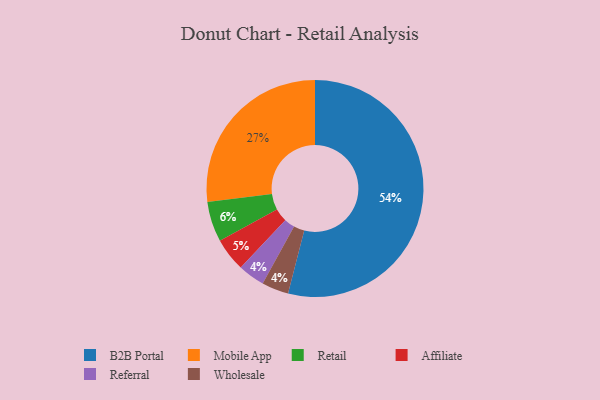
{"axis": {"x": "Category", "y": "Percentage"}, "legend": ["Affiliate", "B2B Portal", "Mobile App", "Referral", "Retail", "Wholesale"], "data": [{"x": "Referral", "y": 4, "type": "Referral"}, {"x": "Retail", "y": 6, "type": "Retail"}, {"x": "Wholesale", "y": 4, "type": "Wholesale"}, {"x": "Mobile App", "y": 27, "type": "Mobile App"}, {"x": "B2B Portal", "y": 54, "type": "B2B Portal"}, {"x": "Affiliate", "y": 5, "type": "Affiliate"}]}